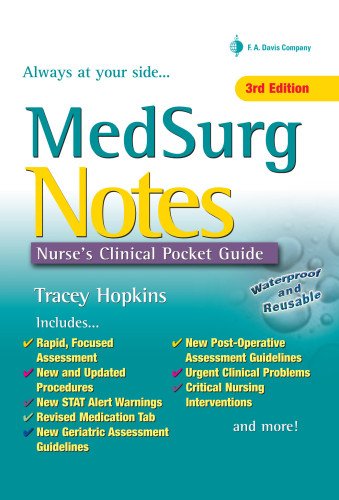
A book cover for Med Surg Notes: Nurse's Clinical Pocket Guide (Nurse's Clinical Pocket Guides); Tracey Hopkins RN  BSN; Medical Books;